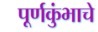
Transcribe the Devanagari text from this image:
पूर्णकुंभाचे